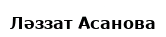
Ләззат Асанова